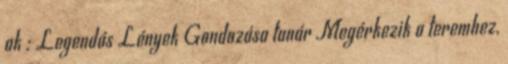
ak : Legendás Lények Gondozása tanár Megérkezik a teremhez,